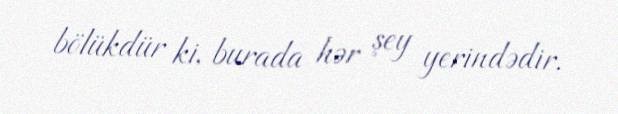
bölükdür ki, burada hər şey yerindədir.